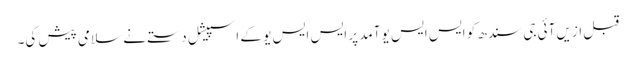
قبل ازیں آئی جی سندھ کو ایس ایس یو آمد پر ایس ایس یو کے اسپیشل دستے نے سلامی پیش کی۔